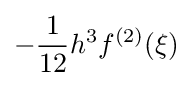
-{\frac {1}{12}}h^{3}f^{(2)}(\xi )